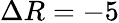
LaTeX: \Delta R=-5